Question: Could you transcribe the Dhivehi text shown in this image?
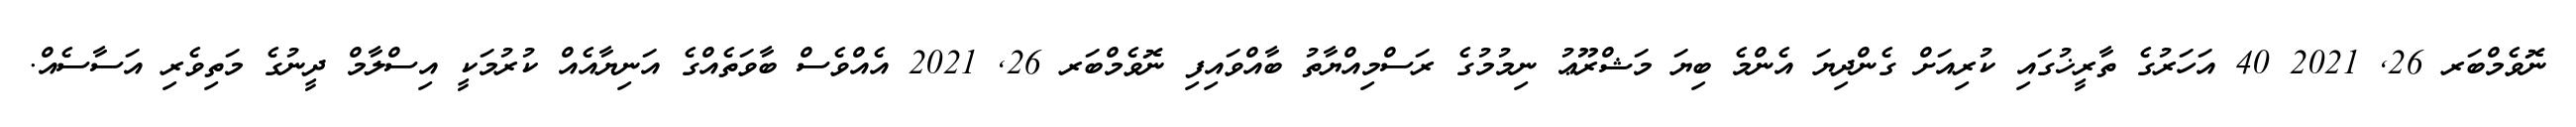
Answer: ނޮވެމްބަރ 26, 2021 40 އަހަރުގެ ތާރީޚުގައި ކުރިއަށް ގެންދިޔަ އެންމެ ބިޔަ މަޝްރޫޢު ނިމުމުގެ ރަސްމިއްޔާތު ބާއްވައިފި ނޮވެމްބަރ 26, 2021 އެއްވެސް ބާވަތެއްގެ އަނިޔާއެއް ކުރުމަކީ އިސްލާމް ދީނުގެ މަތިވެރި އަސާސެއް.